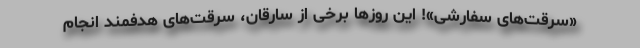
«سرقت‌های سفارشی»! این روزها برخی از سارقان، سرقت‌های هدفمند انجام